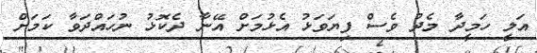
އަލީ ހަމީދާ މެދު ވެސް ފިޔަވަޅު އެޅުމަށް އޭނާ ދެކޮޅު ނުހައްދަވާ ކަމަށް